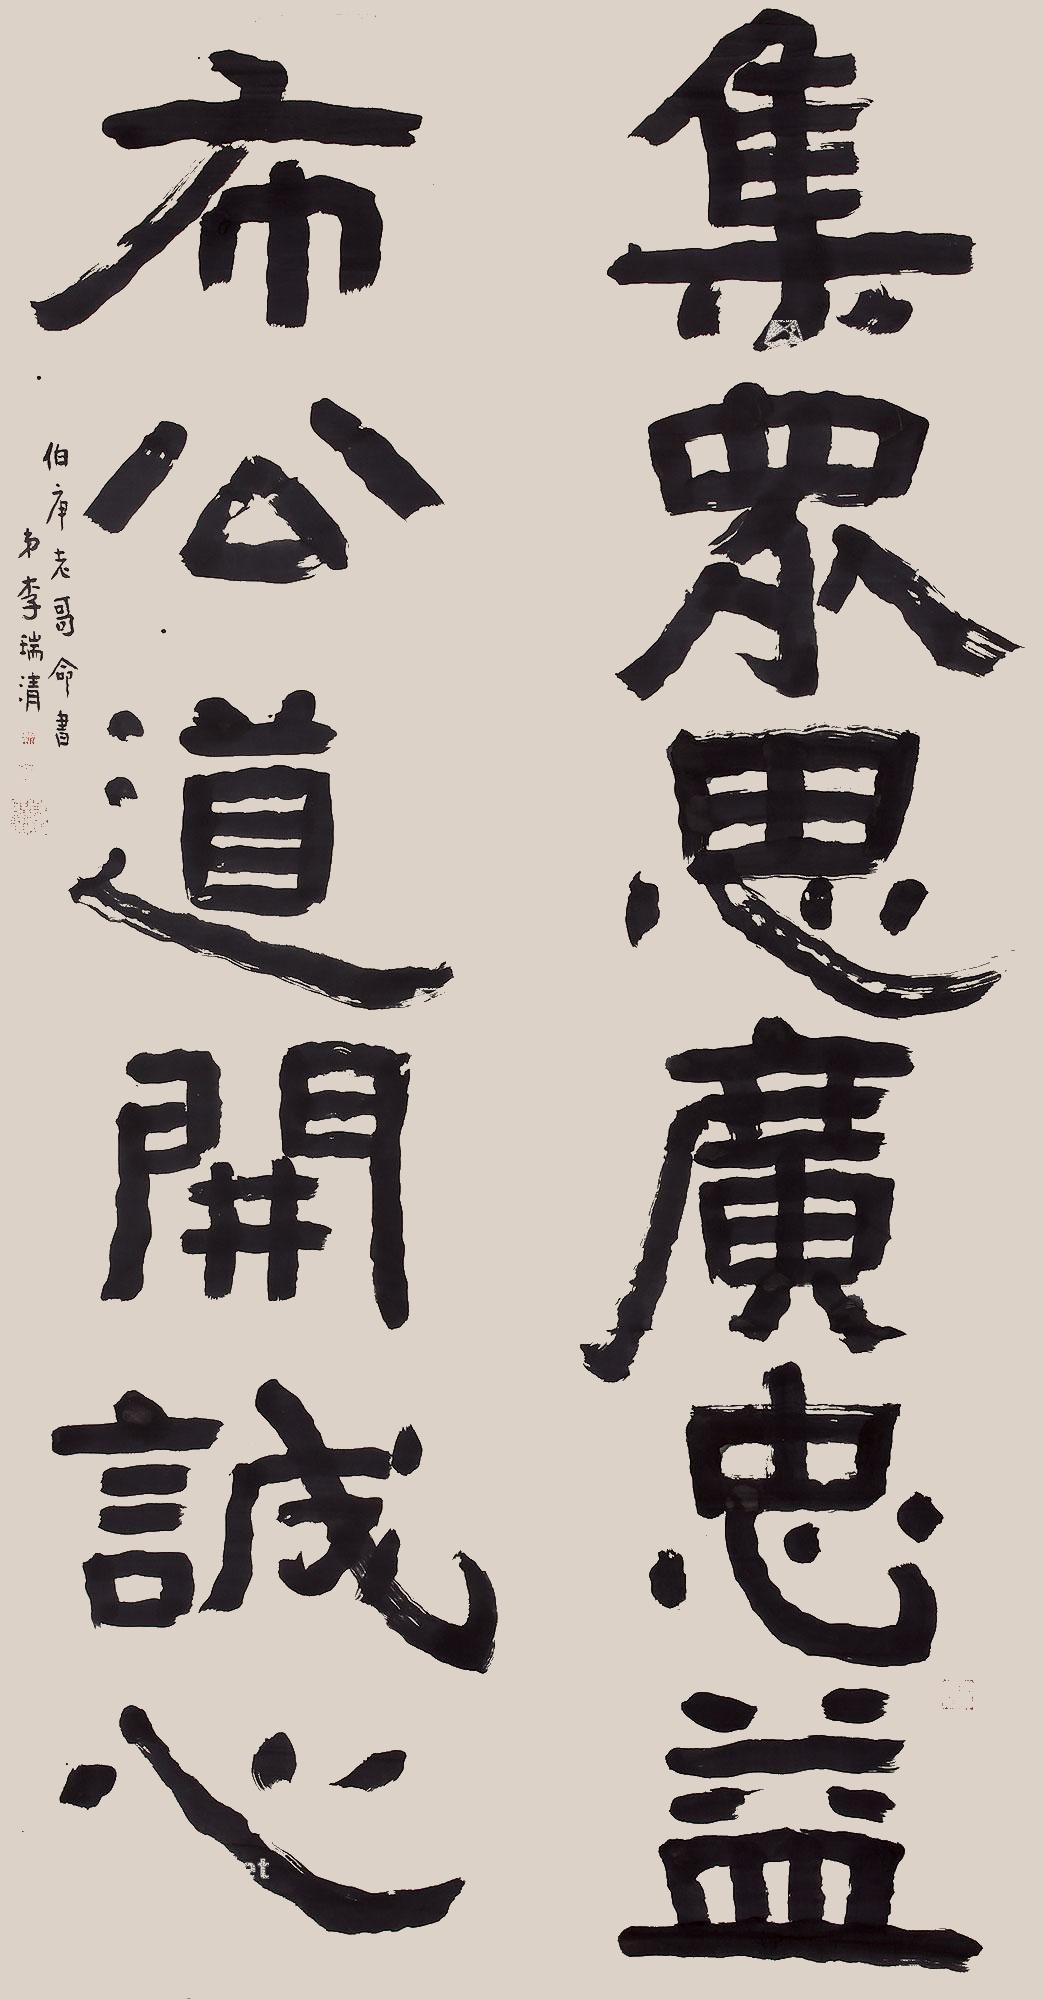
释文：集众思广忠益，布公道开诚心。伯庚老哥命书，弟李瑞清。